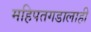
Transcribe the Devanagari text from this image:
महिपतगडालाही